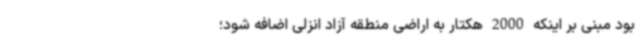
بود مبنی بر اینکه 2000 هکتار به اراضی منطقه آزاد انزلی اضافه شود؛